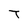
Character: T